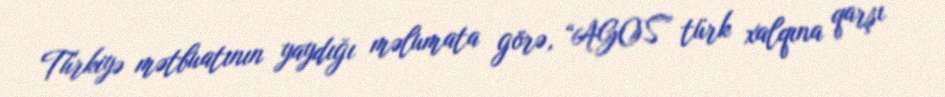
Türkiyə mətbuatının yaydığı məlumata görə, “AGOS” türk xalqına qarşı